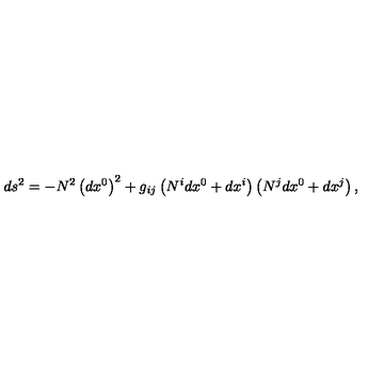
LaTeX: d s _ { { } } ^ { 2 } = - N ^ { 2 } \left( d x ^ { 0 } \right) ^ { 2 } + g _ { i j } \left( N ^ { i } d x ^ { 0 } + d x ^ { i } \right) \left( N ^ { j } d x ^ { 0 } + d x ^ { j } \right) ,